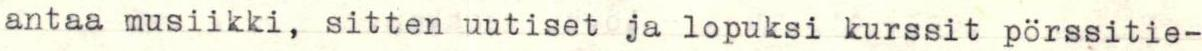
antaa musiikki, sitten uutiset ja lopuksi kurssit pörssitie-